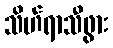
သိဟ်ရာသီဖွား